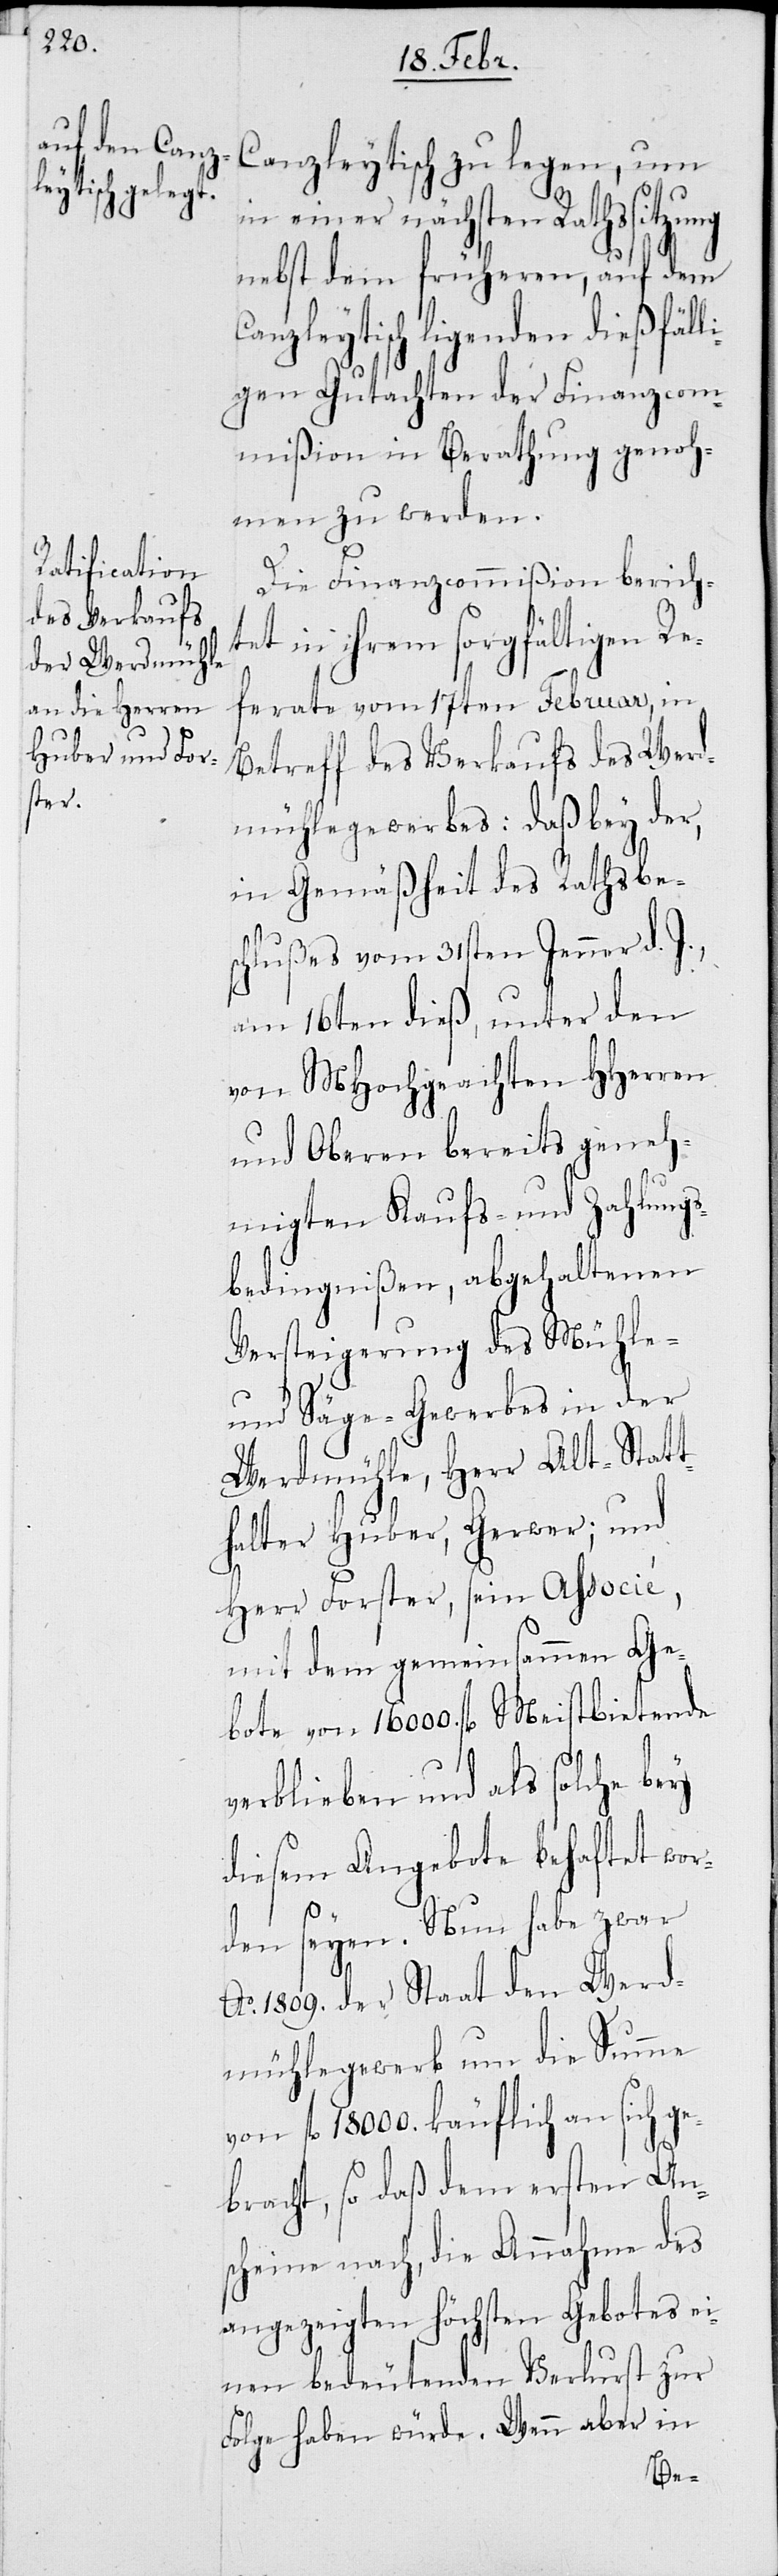
Canzleytisch zu legen, um
in einer nächsten Rathssitzung
nebst dem früheren, auf dem
Canzleytisch liegenden dießfäll¬
igen Gutachten der Finanzcom¬
mißion in Berathung genoh¬
men zu werden.
Die Finanzcommißion bericht¬
et in ihrem sorgfältigen R¬
eferate vom 17ten Februar, in
Betreff des Verkaufs des Werd¬
mühlegewerbes: daß bey der,
in Gemäßheit des Rathsbe¬
schlußes vom 31sten Jenner d.
am 16ten dieß, unter den
von MHochgeachten HHerren
und Oberen bereits geneh¬
migten Kaufs- und Zahlungs¬
bedingnißen, abgehaltenen
Versteigerung des Mühle-
und Säge-Gewerbes in der
Werdmühle, Herr Alt-Statt¬
halter Huber, Gerwer; und
Herr Forster, sein Associé,
mit dem gemeinsammen Ge¬
bote von 16 000. fl. Meistbietende
verblieben und als solche bey
diesem Angebote behaftet wor¬
den seyen. Nun habe zwar
Ao. 1809. der Staat den Werd¬
mühlegewerb um die Summe
fl. 18 000. käuflich an sich ge¬
bracht, so daß dem ersten An¬
schein nach, die Annahme des
angezeigten höchsten Gebotes ei¬
nen bedeutenden Verlust zur
Folge haben würde. Wenn aber in